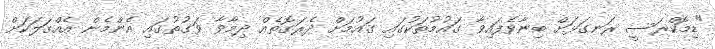
"ޑިމޮކްރަސީ ރަނގަޅަށް ބިނާވެފައިވާ ގައުމުތަކުގައި ގައުމަށް ދެރަގޮތެއް ދިމާވާ ވަގުތުގައި އެންމެން އެއްގަލަކަށް